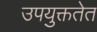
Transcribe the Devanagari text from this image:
उपयुक्ततेत